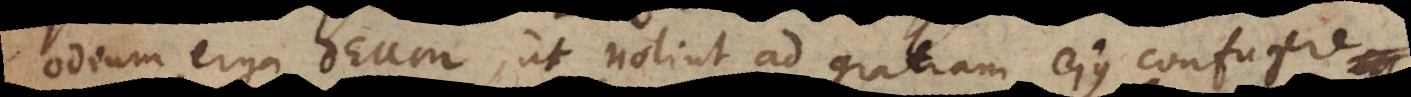
odium erga Deum, ut nolint ad gratiam ejus confugere